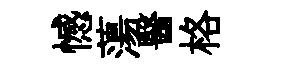
憾蕩醫格